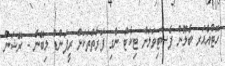
ހޮޓްއެއަރ ބެލޫން ފެސްޓިވަލަށް ޓިކެޓް ނެގި ފަރާތްތަކަށް ރީފަންޑް ލިބޭނެ - ރޭޝަން